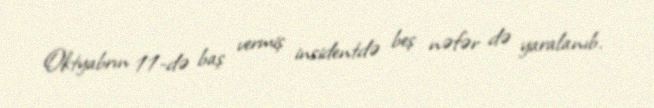
Oktyabrın 11-də baş vermiş insidentdə beş nəfər də yaralanıb.